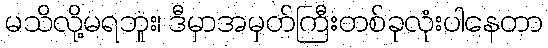
မသိလို့မရဘူး၊ ဒီမှာအမှတ်ကြီးတစ်ခုလုံးပါနေတာ